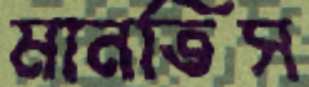
মানতিস